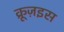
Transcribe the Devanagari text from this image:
क्रूज़इस